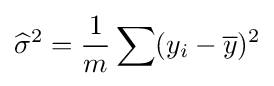
{\widehat {\sigma }}^{2}={\frac {1}{m}}\sum (y_{i}-{\overline {y}})^{2}